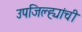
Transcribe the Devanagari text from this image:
उपजिल्ह्यांची